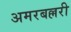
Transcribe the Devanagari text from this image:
अमरबल्लरी